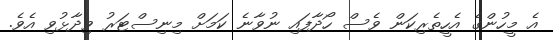
އެ މީހުންގެ އެހީތެރިކަން ވެސް ހޯދާފައި ނުވާނެ ކަމަށް މިނިސްޓަރު ވިދާޅުވި އެވެ.